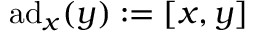
\mathrm { a d } _ { x } ( y ) : = [ x , y ]